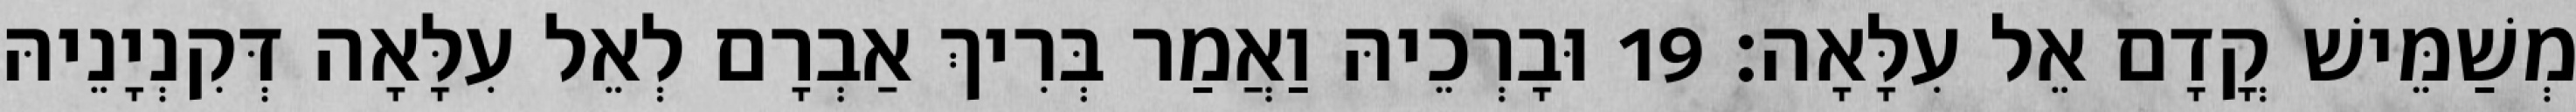
מְשַׁמֵּישׁ קֳדָם אֵל עִלָּאָה׃ 19 וּבָרְכֵיהּ וַאֲמַר בְּרִיךְ אַבְרָם לְאֵל עִלָּאָה דְּקִנְיָנֵיהּ